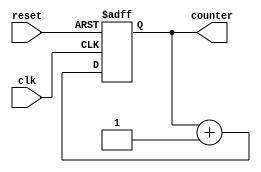
module Counter (
    input wire clk,
    input wire reset,
    output reg [7:0] counter
);

always @(posedge clk or posedge reset) begin
    if (reset) begin
        counter <= 8'b0;
    end else begin
        counter <= counter + 1;
    end
end

endmodule